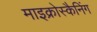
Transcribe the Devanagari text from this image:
माइक्रोस्कैनिंग